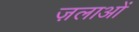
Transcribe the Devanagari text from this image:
ज़लाओं